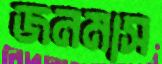
জনমাস